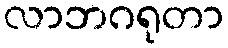
လာဘဂရုတာ